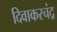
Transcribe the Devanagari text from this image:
दिवाकरचंद्र